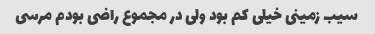
سیب زمینی خیلی کم بود ولی در مجموع راضی بودم مرسی